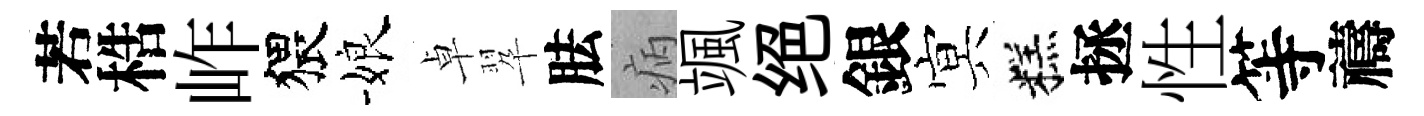
若梏岞猥娘卓翆胠病颯绝銀㝠糕拯性等禱